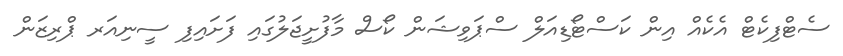
ސެޓްފިކެޓް އެކެއް އިން ކަސްޓޯޑިއަލް ސްޕަވިޝަން ކޯސް މާފުށީޖަލުގައި ފަށައިފި ސީނިއަރ ޕްރިޒަން